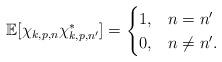
LaTeX: \begin{align*}\mathbb{E}[\chi_{k,p,n} \chi^*_{k,p,n'}]=\begin{cases}1, & n=n' \\0, & n \neq n'.\end{cases}\end{align*}